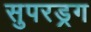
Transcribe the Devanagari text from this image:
सुपरड्रग